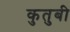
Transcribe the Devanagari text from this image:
कुतुबी